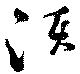
須